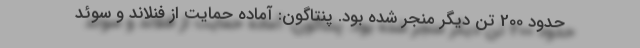
حدود 200 تن دیگر منجر شده بود. پنتاگون: آماده حمایت از فنلاند و سوئد